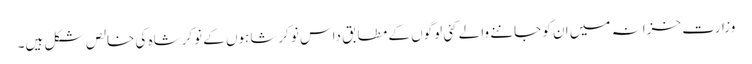
وزارت خزانہ میں ان کو جاننے والے کئی لوگوں کے مطابق داس نوکرشاہوں کے نوکرشاہ کی خالص شکل ہیں۔